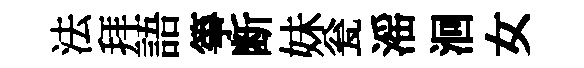
法拜語箏断妹瓮滛洄女